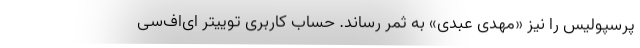
پرسپولیس را نیز «مهدی عبدی» به ثمر رساند. حساب کاربری توییتر ای‌اف‌سی